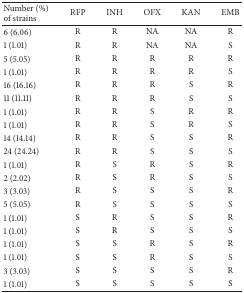
| Number (%) of strains | RFP | INH | OFX | KAN | EMB |
 | --- | --- | --- | --- | --- | --- |
 | 6 (6.06) | R | R | NA | NA | R |
 | 1 (1.01) | R | R | NA | NA | S |
 | 5 (5.05) | R | R | R | R | R |
 | 1 (1.01) | R | R | R | R | S |
 | 16 (16.16) | R | R | R | S | R |
 | 11 (11.11) | R | R | R | S | S |
 | 1 (1.01) | R | R | S | R | R |
 | 1 (1.01) | R | R | S | R | S |
 | 14 (14.14) | R | R | S | S | R |
 | 24 (24.24) | R | R | S | S | S |
 | 1 (1.01) | R | S | R | S | R |
 | 2 (2.02) | R | S | R | S | S |
 | 3 (3.03) | R | S | S | S | R |
 | 5 (5.05) | R | S | S | S | S |
 | 1 (1.01) | S | R | S | S | R |
 | 1 (1.01) | S | R | S | S | S |
 | 1 (1.01) | S | S | R | S | R |
 | 1 (1.01) | S | S | R | S | S |
 | 3 (3.03) | S | S | S | S | R |
 | 1 (1.01) | S | S | S | S | S |